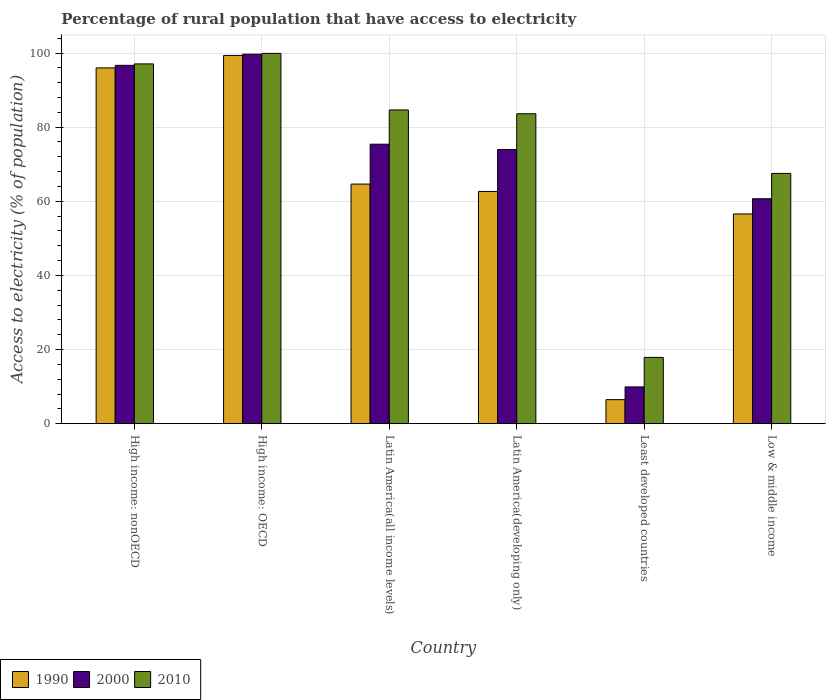
| Country | 1990 | 2000 | 2010 |
 | --- | --- | --- | --- |
 | High income: nonOECD | 96 | 96.7 | 97.1 |
 | High income: OECD | 99.3 | 99.7 | 99.9 |
 | Latin America(all income levels) | 64.6 | 75.4 | 84.6 |
 | Latin America(developing only) | 62.7 | 74 | 83.6 |
 | Least developed countries | 6.5 | 9.93 | 17.9 |
 | Low & middle income | 56.6 | 60.7 | 67.5 |